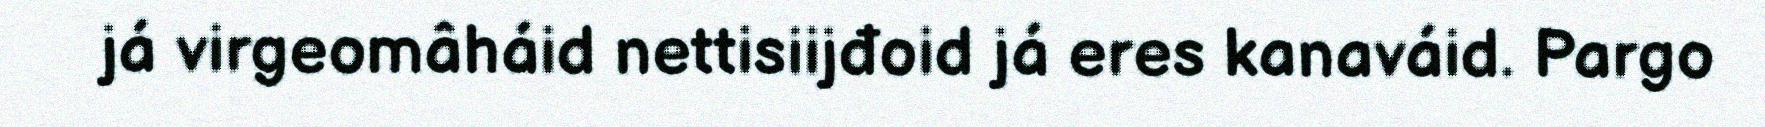
já virgeomâháid nettisiijđoid já eres kanaváid. Pargo